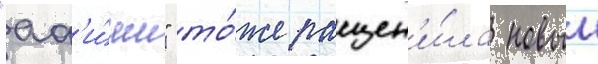
"аф'и́ши" то́же расцен'и́ла новыи